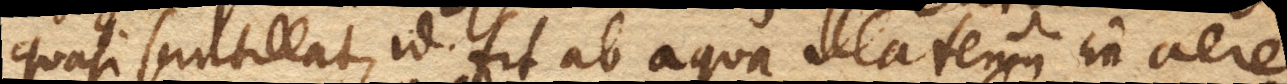
quasi scintillat, id fit ab aqua illa tenui in aere